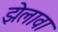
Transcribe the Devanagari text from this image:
झेलावा